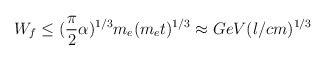
\begin{align*}W_f \leq (\frac {\pi}{2} \alpha)^{1/3}m_e(m_et)^{1/3} \approx GeV(l/cm)^{1/3}\end{align*}